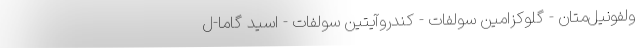
ولفونیل‌متان - گلوکزامین سولفات - کندروآیتین سولفات - اسید گاما-ل